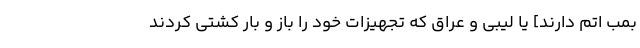
بمب اتم دارند] یا لیبی و عراق که تجهیزات خود را باز و بار کشتی کردند